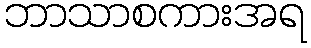
ဘာသာစကားအရ